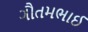
ગૌતમભાઈ